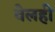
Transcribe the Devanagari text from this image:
वेलही